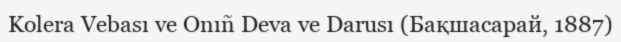
Kolera Vebası ve Onıñ Deva ve Darusı (Бақшасарай, 1887)